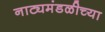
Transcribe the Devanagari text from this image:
नाट्यमंडळीच्या